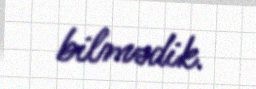
bilmədik.